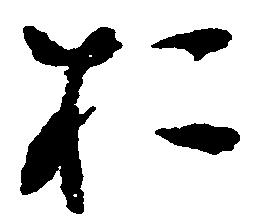
於